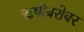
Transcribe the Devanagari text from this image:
ऋषीबरोबर